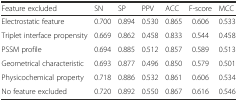
<table><thead><tr><td><b>Feature excluded</b></td><td><b>SN</b></td><td><b>SP</b></td><td><b>PPV</b></td><td><b>ACC</b></td><td><b>F-score</b></td><td><b>MCC</b></td></tr></thead><tbody><tr><td>Electrostatic feature</td><td>0.700</td><td>0.894</td><td>0.530</td><td>0.865</td><td>0.606</td><td>0.533</td></tr><tr><td>Triplet interface propensity</td><td>0.669</td><td>0.862</td><td>0.458</td><td>0.833</td><td>0.544</td><td>0.458</td></tr><tr><td>PSSM profile</td><td>0.694</td><td>0.885</td><td>0.512</td><td>0.857</td><td>0.589</td><td>0.513</td></tr><tr><td>Geometrical characteristic</td><td>0.693</td><td>0.877</td><td>0.496</td><td>0.850</td><td>0.579</td><td>0.501</td></tr><tr><td>Physicochemical property</td><td>0.718</td><td>0.886</td><td>0.532</td><td>0.861</td><td>0.606</td><td>0.534</td></tr><tr><td>No feature excluded</td><td>0.720</td><td>0.892</td><td>0.550</td><td>0.867</td><td>0.616</td><td>0.546</td></tr></tbody></table>